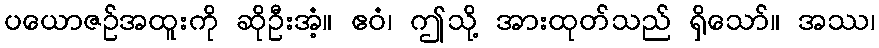
ပယောဇဉ်အထူးကို ဆိုဦးအံ့။ ဧဝံ၊ ဤသို့ အားထုတ်သည် ရှိသော်။ အဿ၊